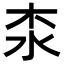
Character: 𣏶